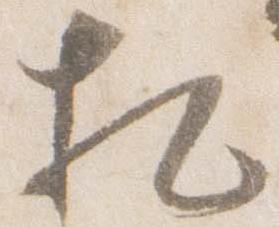
相